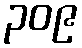
၃၀၉